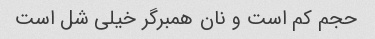
حجم کم است و نان همبرگر خیلی شل است